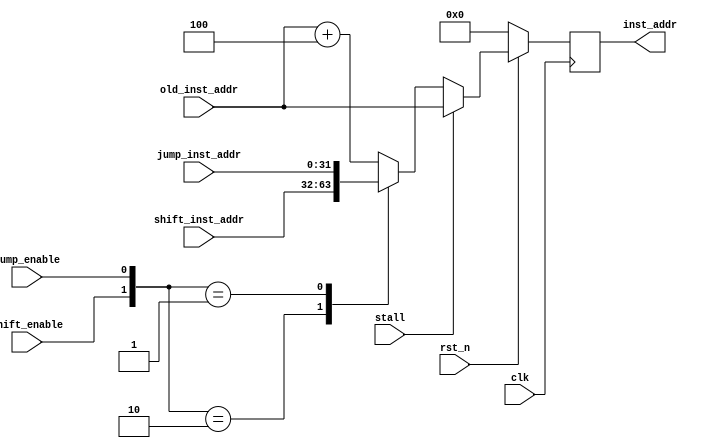
`timescale 1ns / 1ps

module PC(
	input clk,
	input rst_n,
	input stall,
	input [31:0] old_inst_addr, 
	input [31:0] shift_inst_addr, 
	input [31:0] jump_inst_addr,
	input shift_enable, 
	input jump_enable,
	
	output reg [31:0] inst_addr
    );
    
	// Intertal registers
	reg [31:0] inst_addr_next;

	// Sequential logic
	always @(posedge clk) begin
		if (~rst_n) begin
			inst_addr <= 32'h00000000;
		end
		else begin
			inst_addr <= inst_addr_next;
		end
	end

    // Combinational logic
	always @(*) begin
		if (stall) begin
			inst_addr_next = old_inst_addr;
		end
		else begin
			case ({shift_enable, jump_enable})
				2'b10: inst_addr_next = shift_inst_addr;
				2'b01: inst_addr_next = jump_inst_addr;
				default: inst_addr_next = old_inst_addr + 32'd4;
			endcase
		end
	end

endmodule